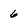
Character: 6